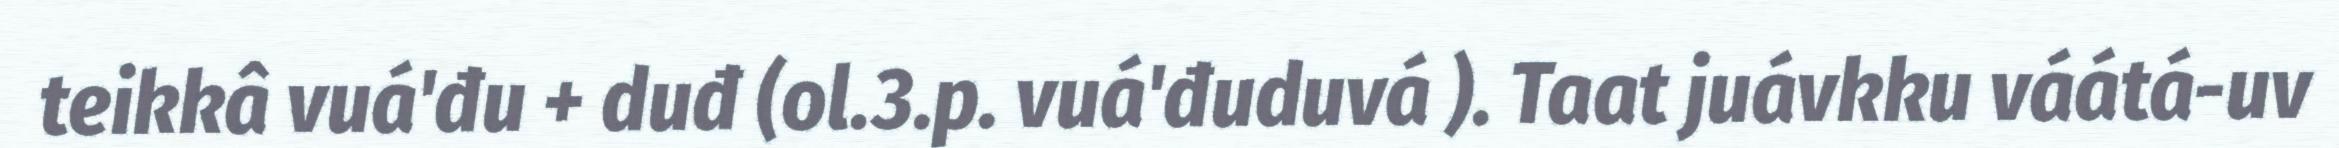
teikkâ vuá'đu + duđ (ol.3.p. vuá'đuduvá ). Taat juávkku váátá-uv